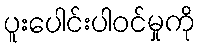
ပူးပေါင်းပါဝင်မှုကို